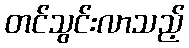
တင်သွင်းလာသည့်